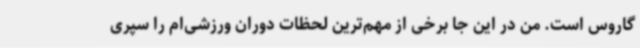
گاروس است. من در این جا برخی از مهم‌ترین لحظات دوران ورزشی‌ام را سپری